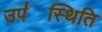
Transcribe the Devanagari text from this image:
उप॑स्थिति